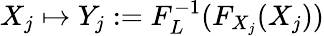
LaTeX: X_{j}\mapsto Y_{j}:=F_{L}^{-1}(F_{X_{j}}(X_{j}))